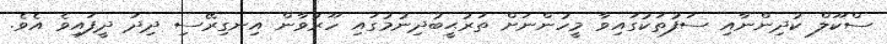
ސްކޫލް ކުދިންނާއި ސަފުތަކުގައިވާ މީހުންނަށް ތަރުޙީބުދިނުމުގައި ހޫރުވާން އިނގިރޭސި ދިދަ ދީފައިވެ އެވެ.